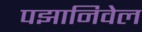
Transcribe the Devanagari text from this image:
पझानिवेल